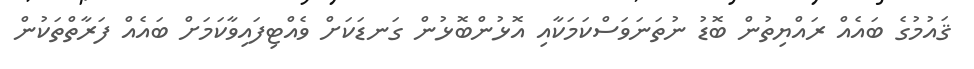
ޤައުމުގެ ބައެއް ރައްޔިތުން ބޮޑު ނުތަނަވަސްކަމަކާއި އޮޅުންބޮޅުން ގަނޑަކަށް ވެއްޓިފައިވާކަމަށް ބައެއް ފަރާތްތަކުން